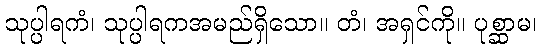
သုပ္ပါရကံ၊ သုပ္ပါရကအမည်ရှိသော။ တံ၊ အရှင်ကို။ ပုစ္ဆာမ၊